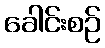
ခေါင်းစဉ်